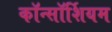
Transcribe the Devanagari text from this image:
कॉन्सॉर्शियम